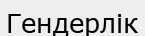
Гендерлік